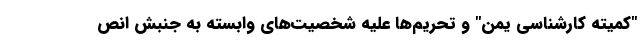
"کمیته کارشناسی یمن" و تحریم‌ها علیه شخصیت‌های وابسته به جنبش انص